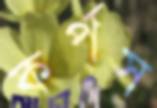
কর্পস